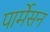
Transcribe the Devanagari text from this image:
पार्मेसन